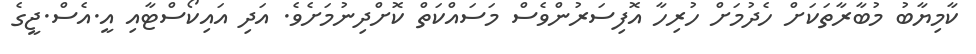
ކާމިޔާބު މުބާރާތަކަށް ހެދުމަށް ހުރިހާ އޮފިސަރުންވެސް މަސައްކަތް ކޮށްދިނުމަށެވެ. އަދި އައިކޯސްޓާއި އީ.އެސް.ޖީގެ